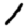
Digit: 1